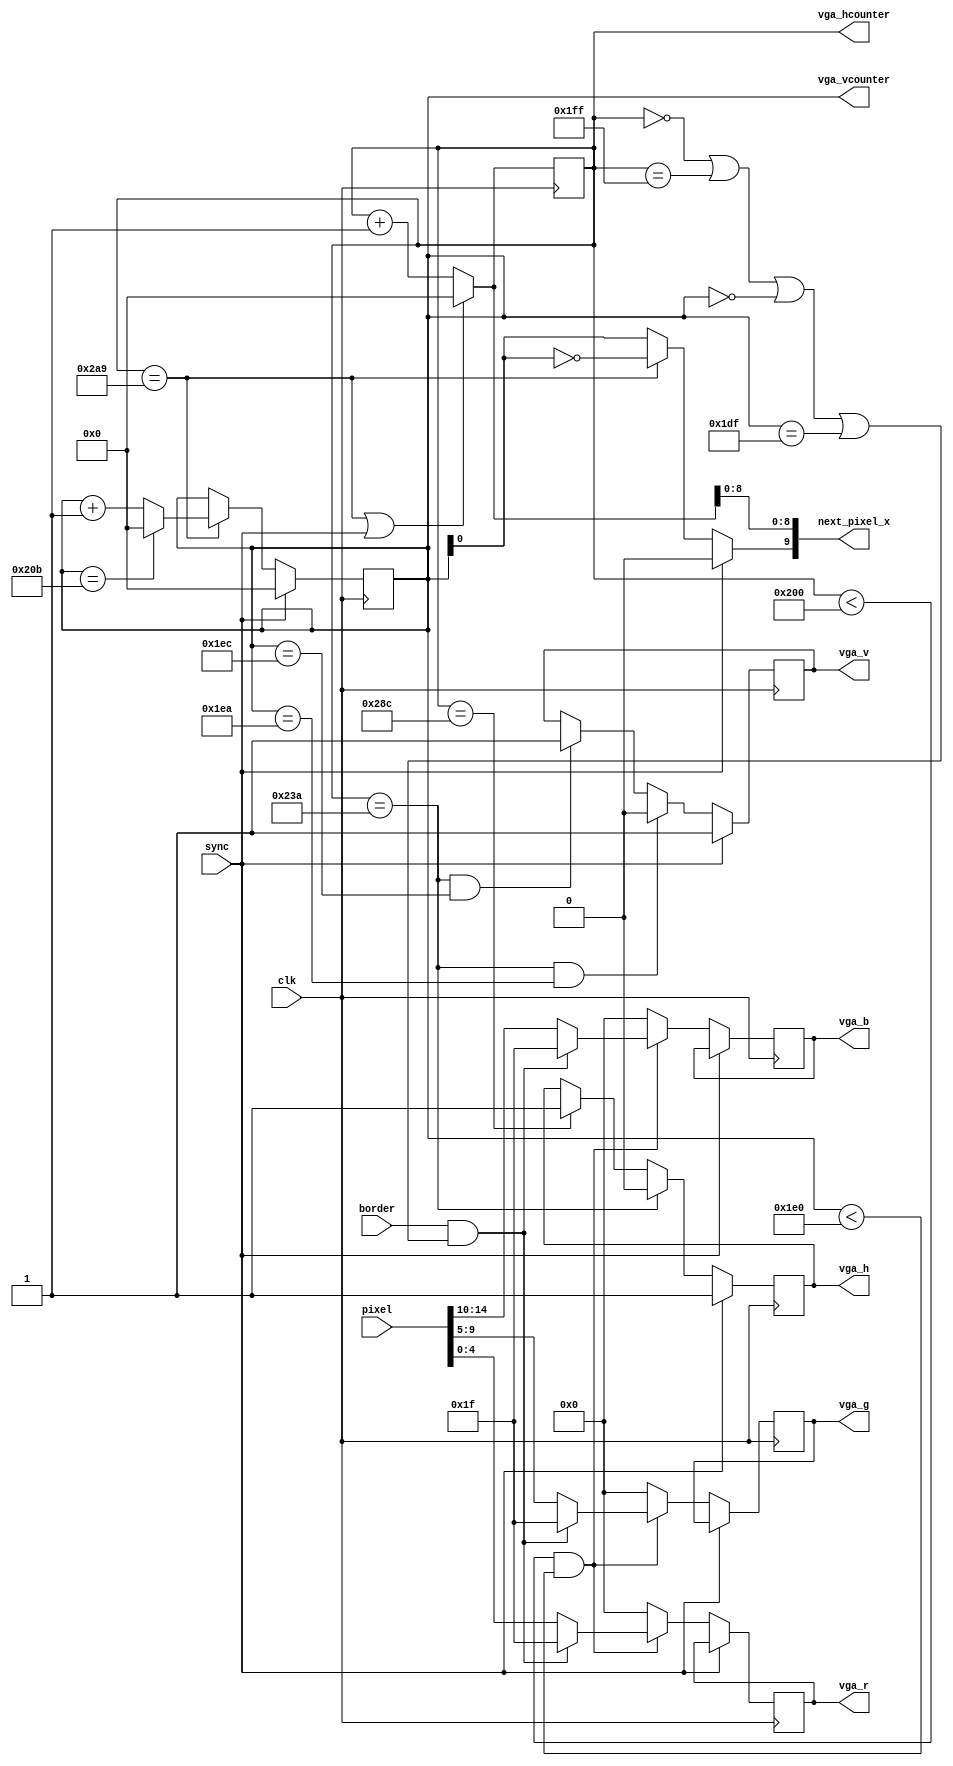
// Copyright (c) 2012-2013 Ludvig Strigeus
// This program is GPL Licensed. See COPYING for the full license.

module VgaDriver(input clk,
                 output reg vga_h, output reg vga_v,
                 output reg [4:0] vga_r, output reg[4:0] vga_g, output reg[4:0] vga_b,
                 output [9:0] vga_hcounter,
                 output [9:0] vga_vcounter,
                 output [9:0] next_pixel_x, // The pixel we need NEXT cycle.
                 input [14:0] pixel,        // Pixel for current cycle.
                 input sync,
                 input border);
// Horizontal and vertical counters
reg [9:0] h, v;
wire hpicture = (h < 512);                    // 512 lines of picture
wire hsync_on = (h == 512 + 23 + 35);         // HSync ON, 23+35 pixels front porch
wire hsync_off = (h == 512 + 23 + 35 + 82);   // Hsync off, 82 pixels sync
wire hend = (h == 681);                       // End of line, 682 pixels.

wire vpicture = (v < 480);                    // 480 lines of picture
wire vsync_on  = hsync_on && (v == 480 + 10); // Vsync ON, 10 lines front porch.
wire vsync_off = hsync_on && (v == 480 + 12); // Vsync OFF, 2 lines sync signal
wire vend = (v == 523);                       // End of picture, 524 lines. (Should really be 525 according to NTSC spec)
wire inpicture = hpicture && vpicture;
assign vga_hcounter = h;
assign vga_vcounter = v;
wire [9:0] new_h = (hend || sync) ? 0 : h + 1;
assign next_pixel_x = {sync ? 1'b0 : hend ? !v[0] : v[0], new_h[8:0]};

always @(posedge clk) begin
  h <= new_h;
  if (sync) begin
    vga_v <= 1;
    vga_h <= 1;
    v <= 0;
  end else begin
    vga_h <= hsync_on ? 0 : hsync_off ? 1 : vga_h;
    if (hend)
      v <= vend ? 0 : v + 1;
    vga_v <= vsync_on ? 0 : vsync_off ? 1 : vga_v;
    vga_r <= pixel[4:0];
    vga_g <= pixel[9:5];
    vga_b <= pixel[14:10];
    if (border && (h == 0 || h == 511 || v == 0 || v == 479)) begin
      vga_r <= 5'b11111;
      vga_g <= 5'b11111;
      vga_b <= 5'b11111;
    end
    if (!inpicture) begin
      vga_r <= 5'b00000;
      vga_g <= 5'b00000;
      vga_b <= 5'b00000;
    end
  end
end
endmodule